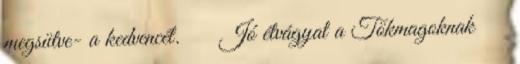
megsütve- a kedvencét. 🙂 Jó étvágyat a Tökmagoknak 🙂